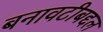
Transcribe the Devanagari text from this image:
बनावटीबद्दल